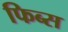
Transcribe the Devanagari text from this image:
फिब्स